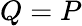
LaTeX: Q=P